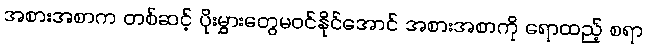
အစားအစာက တစ်ဆင့် ပိုးမွှားတွေမဝင်နိုင်အောင် အစားအစာကို ရောထည့် စရာ